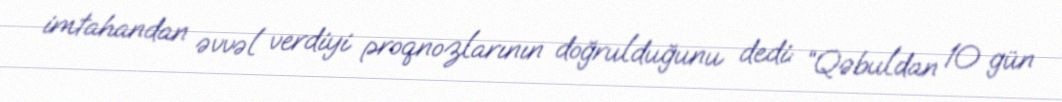
imtahandan əvvəl verdiyi proqnozlarının doğrulduğunu dedi: “Qəbuldan 10 gün